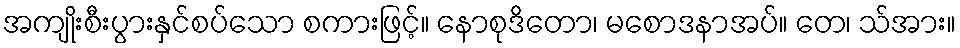
အကျိုးစီးပွားနှင်စပ်သော စကားဖြင့်။ နောစုဒိတော၊ မစောဒနာအပ်။ တေ၊ သ်အား။